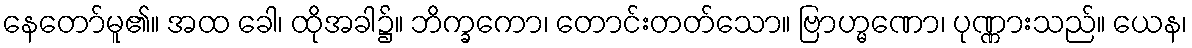
နေတော်မူ၏။ အထ ခေါ၊ ထိုအခါ၌။ ဘိက္ခကော၊ တောင်းတတ်သော။ ဗြာဟ္မဏော၊ ပုဏ္ဏားသည်။ ယေန၊